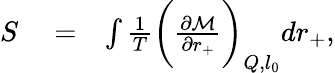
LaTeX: \begin{array}{rlr}{S}&{{}=}&{\int\frac{1}{T}\bigg(\frac{\partial\mathcal{M}}{\partial r_{+}}\bigg)_{Q,l_{0}}dr_{+},}\end{array}